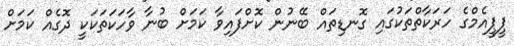
ޕީޕީއެމްގެ ހަރަކާތްތަކުގައި ގޮނޑިތައް ބޭނުން ކޮށްފައިވާ ކަމަށް ބުނާ ވާހަކަތަކަކީ ދޮގެއް ކަމަށް